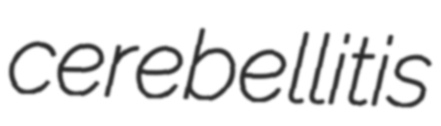
cerebellitis